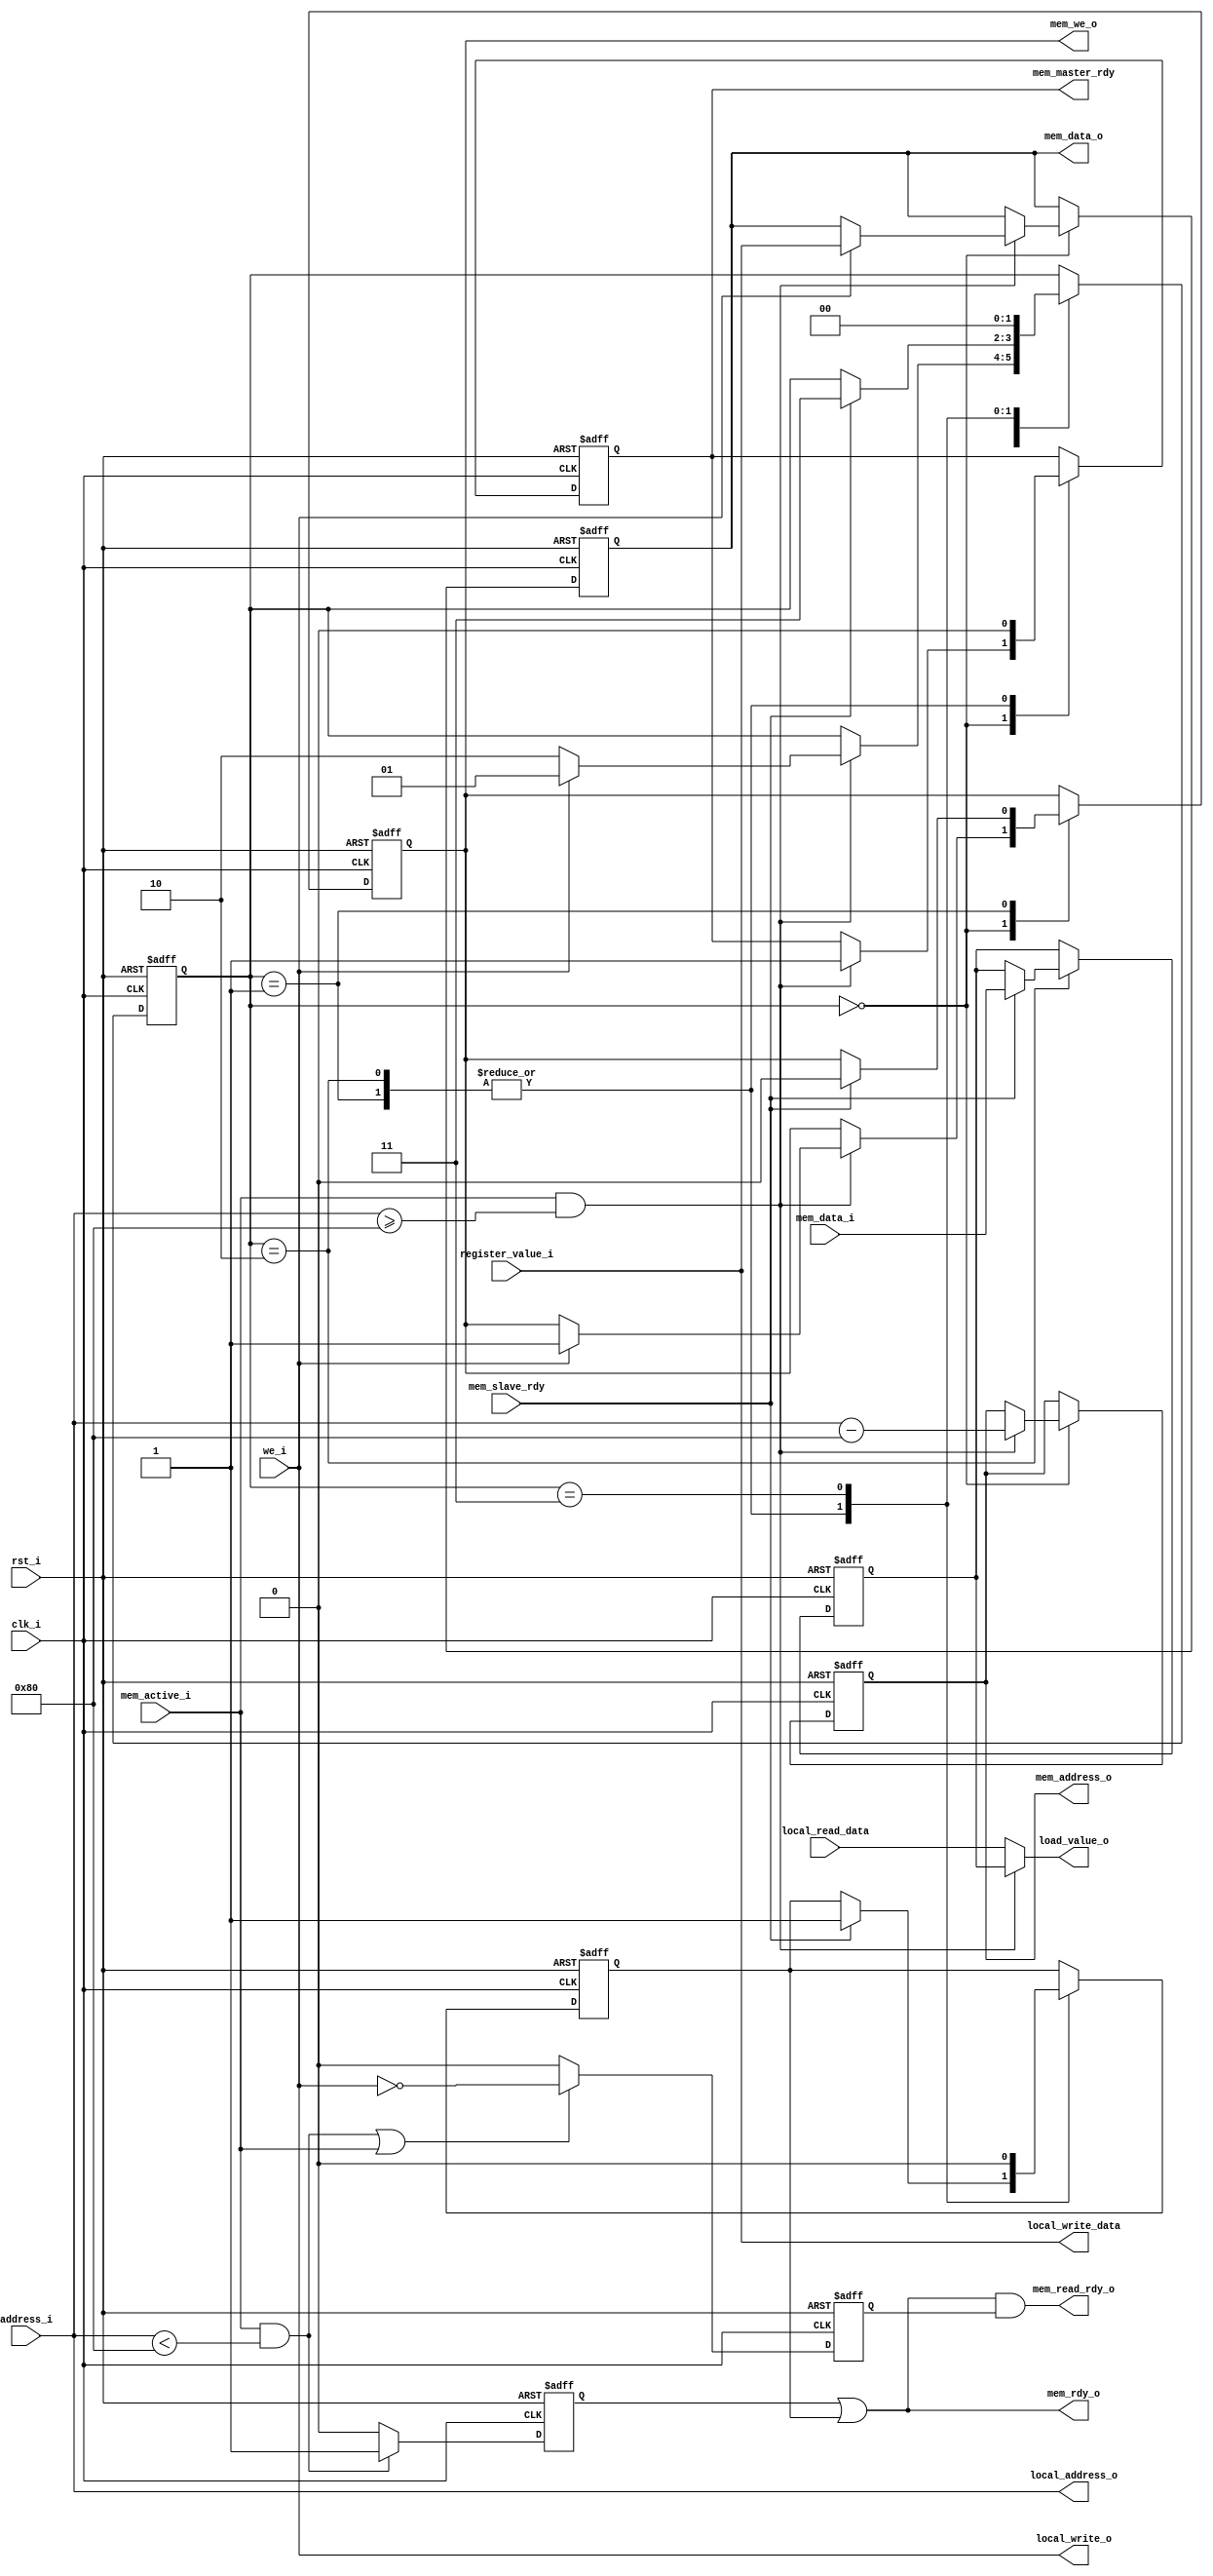
//-----------------------------------------------------------------------------
// Creation time : 11:39:33
// Description   : 
// Tool : Kactus2 3.4.106 32-bit
// Plugin : Verilog generator 2.0e
// This file was generated based on IP-XACT component tut.fi:cpu.logic:memory_controller:1.0
// whose XML file is D:/kactus2Repos/ipxactexamplelib/tut.fi/cpu.logic/memory_controller/1.0/memory_controller.1.0.xml
//-----------------------------------------------------------------------------

module memory_controller #(
    parameter                              DATA_WIDTH       = 16,    // Width for data in registers and instructions.
    parameter                              AUB              = 8,    // Addressable unit bits, size of byte.
    parameter                              ADDR_WIDTH       = 16,    // Width of the addresses.
    parameter                              MEMORY_SIZE      = 256,    // How many bytes are in memory at total.
    parameter                              PERIPHERAL_BASE  = 128,    // The first address for peripherals.
    parameter                              REGISTER_COUNT   = 8,    // How many registers are supported in the core.
    parameter                              DATA_BYTES       = DATA_WIDTH/AUB,    // How many bytes in data width.
    parameter                              CONTROL_RANGE    = 'h40    // How many AUBs are reserved for control data.
) (
    // Interface: cpu_clk_sink
    input                               clk_i,    // The mandatory clock, as this is synchronous logic.
    input                               rst_i,    // The mandatory reset, as this is synchronous logic.

    // Interface: cpu_system
    input          [ADDR_WIDTH-1:0]     address_i,
    input                               mem_active_i,
    input          [DATA_WIDTH-1:0]     register_value_i,
    input                               we_i,
    output         [DATA_WIDTH-1:0]     load_value_o,
    output                              mem_rdy_o,
    output                              mem_read_rdy_o,

    // Interface: local_data
    input          [DATA_WIDTH-1:0]     local_read_data,
    output         [ADDR_WIDTH-1:0]     local_address_o,
    output         [DATA_WIDTH-1:0]     local_write_data,
    output                              local_write_o,

    // Interface: peripheral_access
    input          [DATA_WIDTH-1:0]     mem_data_i,
    input                               mem_slave_rdy,
    output reg     [ADDR_WIDTH-1:0]     mem_address_o,
    output reg     [DATA_WIDTH-1:0]     mem_data_o,
    output reg                          mem_master_rdy,
    output reg                          mem_we_o
);

// WARNING: EVERYTHING ON AND ABOVE THIS LINE MAY BE OVERWRITTEN BY KACTUS2!!!
    
    // Choose the active address block, if any.
    wire local_mem_active = mem_active_i && address_i < PERIPHERAL_BASE;
    wire periph_mem_active = mem_active_i && address_i >= PERIPHERAL_BASE;
    reg periph_mem_rdy;
    reg local_mem_rdy;
    
    reg [DATA_WIDTH-1:0] periph_load_value;
    // 1 = Last operation was read, else zero.
    reg read_operation;
    
    assign load_value_o = periph_mem_active ? periph_load_value : local_read_data;
    
    assign local_write_data = register_value_i;
    assign local_write_o = we_i;
    assign local_address_o = address_i;
    
    assign mem_rdy_o = local_mem_rdy | periph_mem_rdy;
    assign mem_read_rdy_o = mem_rdy_o && read_operation;
    
    always @(posedge clk_i or posedge rst_i) begin
        if(rst_i == 1'b1) begin
            local_mem_rdy <= 0;
            read_operation <= 0;
        end
        else begin
            if (local_mem_active) begin
                local_mem_rdy <= 1;
            end
            else begin
                local_mem_rdy <= 0;
            end
            
            if (local_mem_active || mem_active_i) begin
                read_operation <= ~we_i;
            end
            else begin
                read_operation <= 0;
            end
        end
    end
    
    // The state of peripheral access.
    reg [1:0] state;
    
    // The available states for peripheral access.
    parameter [1:0]
        S_WAIT          = 2'd0, 
        S_WAIT_WRITE     = 2'd1, 
        S_WAIT_READ     = 2'd2, 
        S_DEASSERT     = 2'd3;
    
    always @(posedge clk_i or posedge rst_i) begin
        if(rst_i == 1'b1) begin
            // Start with wait
            state <= S_WAIT;
            periph_mem_rdy <= 0;
            periph_load_value <= 0;
            
            // Outputs are zero by default.
            mem_address_o <= 0;
            mem_data_o <= 0;
            mem_master_rdy <= 0;
            mem_we_o <= 0;
        end
        else begin
        case(state)
            S_WAIT: begin
                if (periph_mem_active == 1) begin
                    if (we_i == 1) begin
                        mem_we_o <= 1;
                        mem_data_o <= register_value_i;
                        state <= S_WAIT_WRITE;
                    end
                    else begin
                        state <= S_WAIT_READ;
                    end

                    mem_master_rdy <= 1;
                    mem_address_o <= address_i - PERIPHERAL_BASE;
                end
            end
            S_WAIT_WRITE: begin
                mem_master_rdy <= 0;
                if (mem_slave_rdy == 1) begin
                    state <= S_DEASSERT;
                    periph_mem_rdy <= 1;
                    
                    // Deassert write.
                    mem_we_o  <= 0;
                end
            end
            S_WAIT_READ: begin
                mem_master_rdy <= 0;
                if (mem_slave_rdy == 1) begin
                    state <= S_DEASSERT;
                    periph_load_value <= mem_data_i;
                    periph_mem_rdy <= 1;
                end
            end
            S_DEASSERT: begin
                state <= S_WAIT;
                periph_mem_rdy <= 0;
            end
            default: begin
                $display("ERROR: Unkown state: %d", state);
            end
        endcase
        end
    end
endmodule